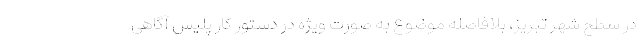
در سطح شهر تبریز، بلافاصله موضوع به صورت ویژه در دستور کار پلیس آگاهی